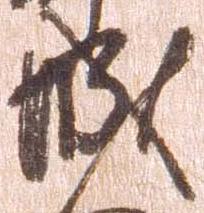
城